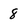
Character: 8